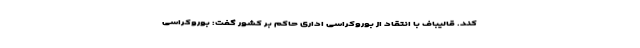
کند. قالیباف با انتقاد از بوروکراسی اداری حاکم بر کشور گفت: بوروکراسی